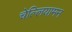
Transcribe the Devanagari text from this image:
चेल्लियामन